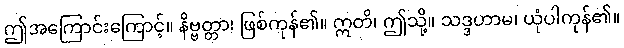
ဤအကြောင်းကြောင့်။ နိဗ္ဗတ္တာ၊ ဖြစ်ကုန်၏။ ဣတိ၊ ဤသို့။ သဒ္ဒဟာမ၊ ယုံပါကုန်၏။